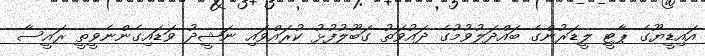
އައިޑީޔޫގެ ޕާޓީ ލީޑަރުންގެ ބައްދަލުވުމުގެ ދައުވަތު ގަބޫލުފުޅު ކުރައްވައި ނަޝީދު ވަޑައިގެންނެވީތީ ރައީސާ